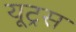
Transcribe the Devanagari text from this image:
यूट्रस